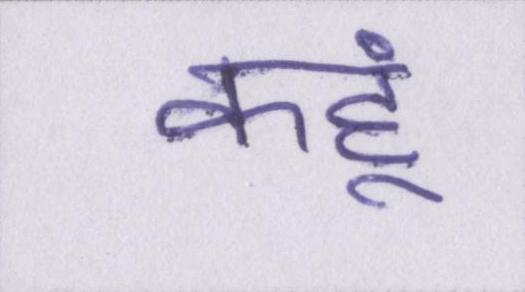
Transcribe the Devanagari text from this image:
कहूं